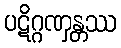
ပဋိဂ္ဂဏှန္တဿ